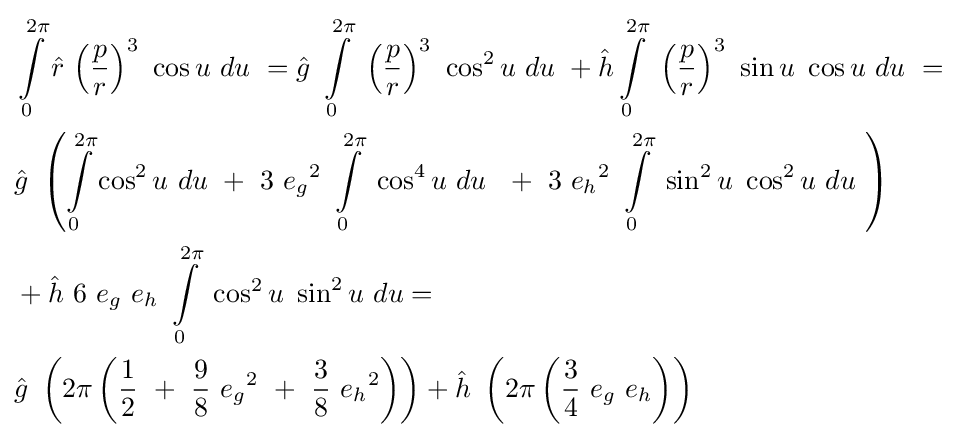
{\begin{aligned}&\int \limits _{0}^{2\pi }{\hat {r}}\ {\left({\frac {p}{r}}\right)}^{3}\ \cos u\ du\ ={\hat {g}}\ \int \limits _{0}^{2\pi }\ {\left({\frac {p}{r}}\right)}^{3}\ \cos ^{2}u\ du\ +{\hat {h}}\int \limits _{0}^{2\pi }\ {\left({\frac {p}{r}}\right)}^{3}\ \sin u\ \cos u\ du\ =\\&{\hat {g}}\ \left(\int \limits _{0}^{2\pi }\cos ^{2}u\ du\ +\ 3\ {e_{g}}^{2}\ \int \limits _{0}^{2\pi }\ \cos ^{4}u\ du\ \ +\ 3\ {e_{h}}^{2}\ \int \limits _{0}^{2\pi }\ \sin ^{2}u\ \cos ^{2}u\ du\ \right)\\&+{\hat {h}}\ 6\ e_{g}\ e_{h}\ \int \limits _{0}^{2\pi }\ \cos ^{2}u\ \sin ^{2}u\ du=\\&{\hat {g}}\ \left(2\pi \left({\frac {1}{2}}\ +\ {\frac {9}{8}}\ {e_{g}}^{2}\ +\ {\frac {3}{8}}\ {e_{h}}^{2}\right)\right)+{\hat {h}}\ \left(2\pi \left({\frac {3}{4}}\ e_{g}\ e_{h}\right)\right)\end{aligned}}